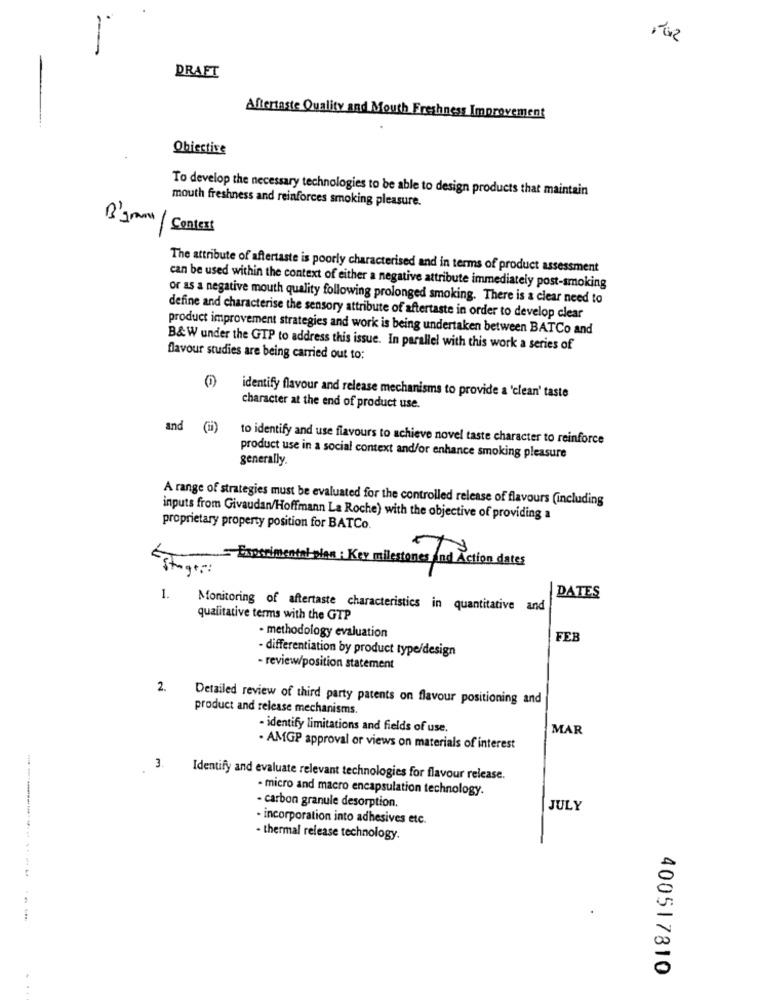
DRAFT
Aftertaste Quality and Mouth Freshness Improvement
Obiective
To develop the necessary technologies to be able to design products that maintain
mouth freshness and reinforces smoking pleasure.
Context
The attribute of aftertaste is poorly characterised and in terms of product assessment
can be used within the context of either a negative attribute immediately post-smoking
or as a negative mouth quality following prolonged smoking. There is a clear need to
define and characterise the sensory attribute of aftertaste in order to develop clear
product improvement strategies and work is being undertaken between BATCo and
B&W under the GTP to address this issue. In parallel with this work a series of
flavour studies are being carried out to:
identify flavour and release mechanisms to provide a 'clean' taste
character at the end of product use.
and (1)
to identify and use flavours to achieve novel taste character to reinforce
product use in a social context and/or enhance smoking pleasure
generally.
A range of strategies must be evaluated for the controlled release of flavours (including
inputs from Givaudan/Hoffmann La Roche) with the objective of providing a
proprietary property position for BATCo.
Experimental
la : K
Y milestones and Action dates
1.
DATES
Monitoring of aftertaste characteristics in quantitative and
qualitative terms with the GTP
- methodology evaluation
FEB
- differentiation by product type/design
- review/position statement
2.
Detailed review of third party patents on flavour positioning and
product and release mechanisms
- identify limitations and fields of use.
MAR
. AMGP approval or views on materials of interest
.
3.
Identify and evaluate relevant technologies for flavour release.
- micro and macro encapsulation technology.
- carbon granule desorption.
JULY
incorporation into adhesives etc.
- thermal release technology.
400517810